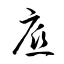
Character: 底